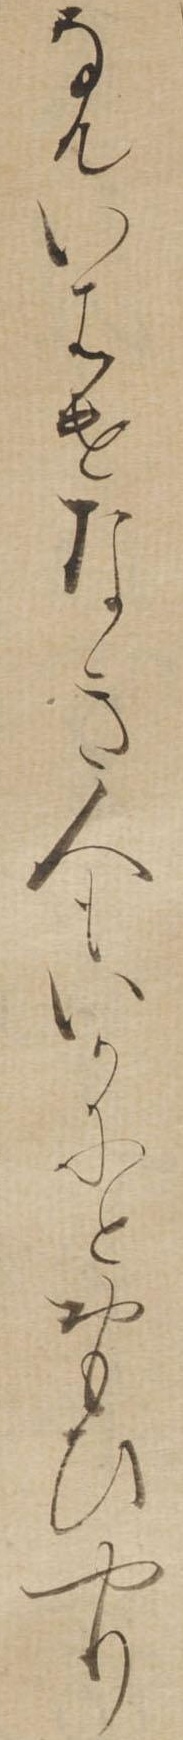
なんいはけなき人もいかにとおもひやり